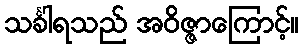
သင်္ခါရသည် အဝိဇ္ဇာကြောင့်။